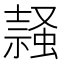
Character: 𧎹